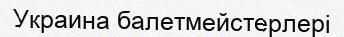
Украина балетмейстерлері